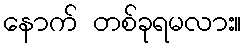
နောက် တစ်ခုရမလား။